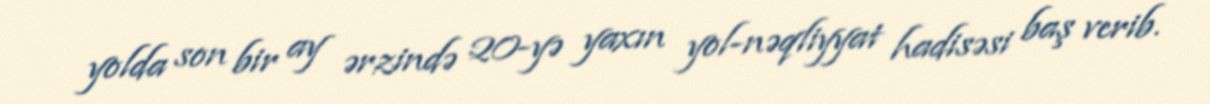
yolda son bir ay ərzində 20-yə yaxın yol-nəqliyyat hadisəsi baş verib.